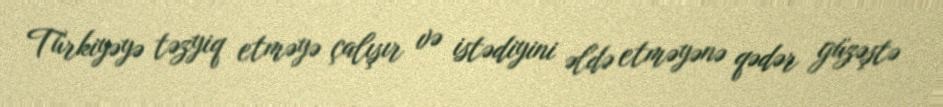
Türkiyəyə təzyiq etməyə çalışır və istədiyini əldə etməyənə qədər güzəştə